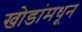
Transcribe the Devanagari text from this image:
खोडांमधून